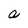
Character: a